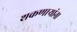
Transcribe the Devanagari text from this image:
शकणाऱ्यांना